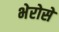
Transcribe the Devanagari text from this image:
भेरोसे